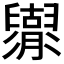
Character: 𦦬